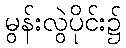
မွန်းလွဲပိုင်း၌